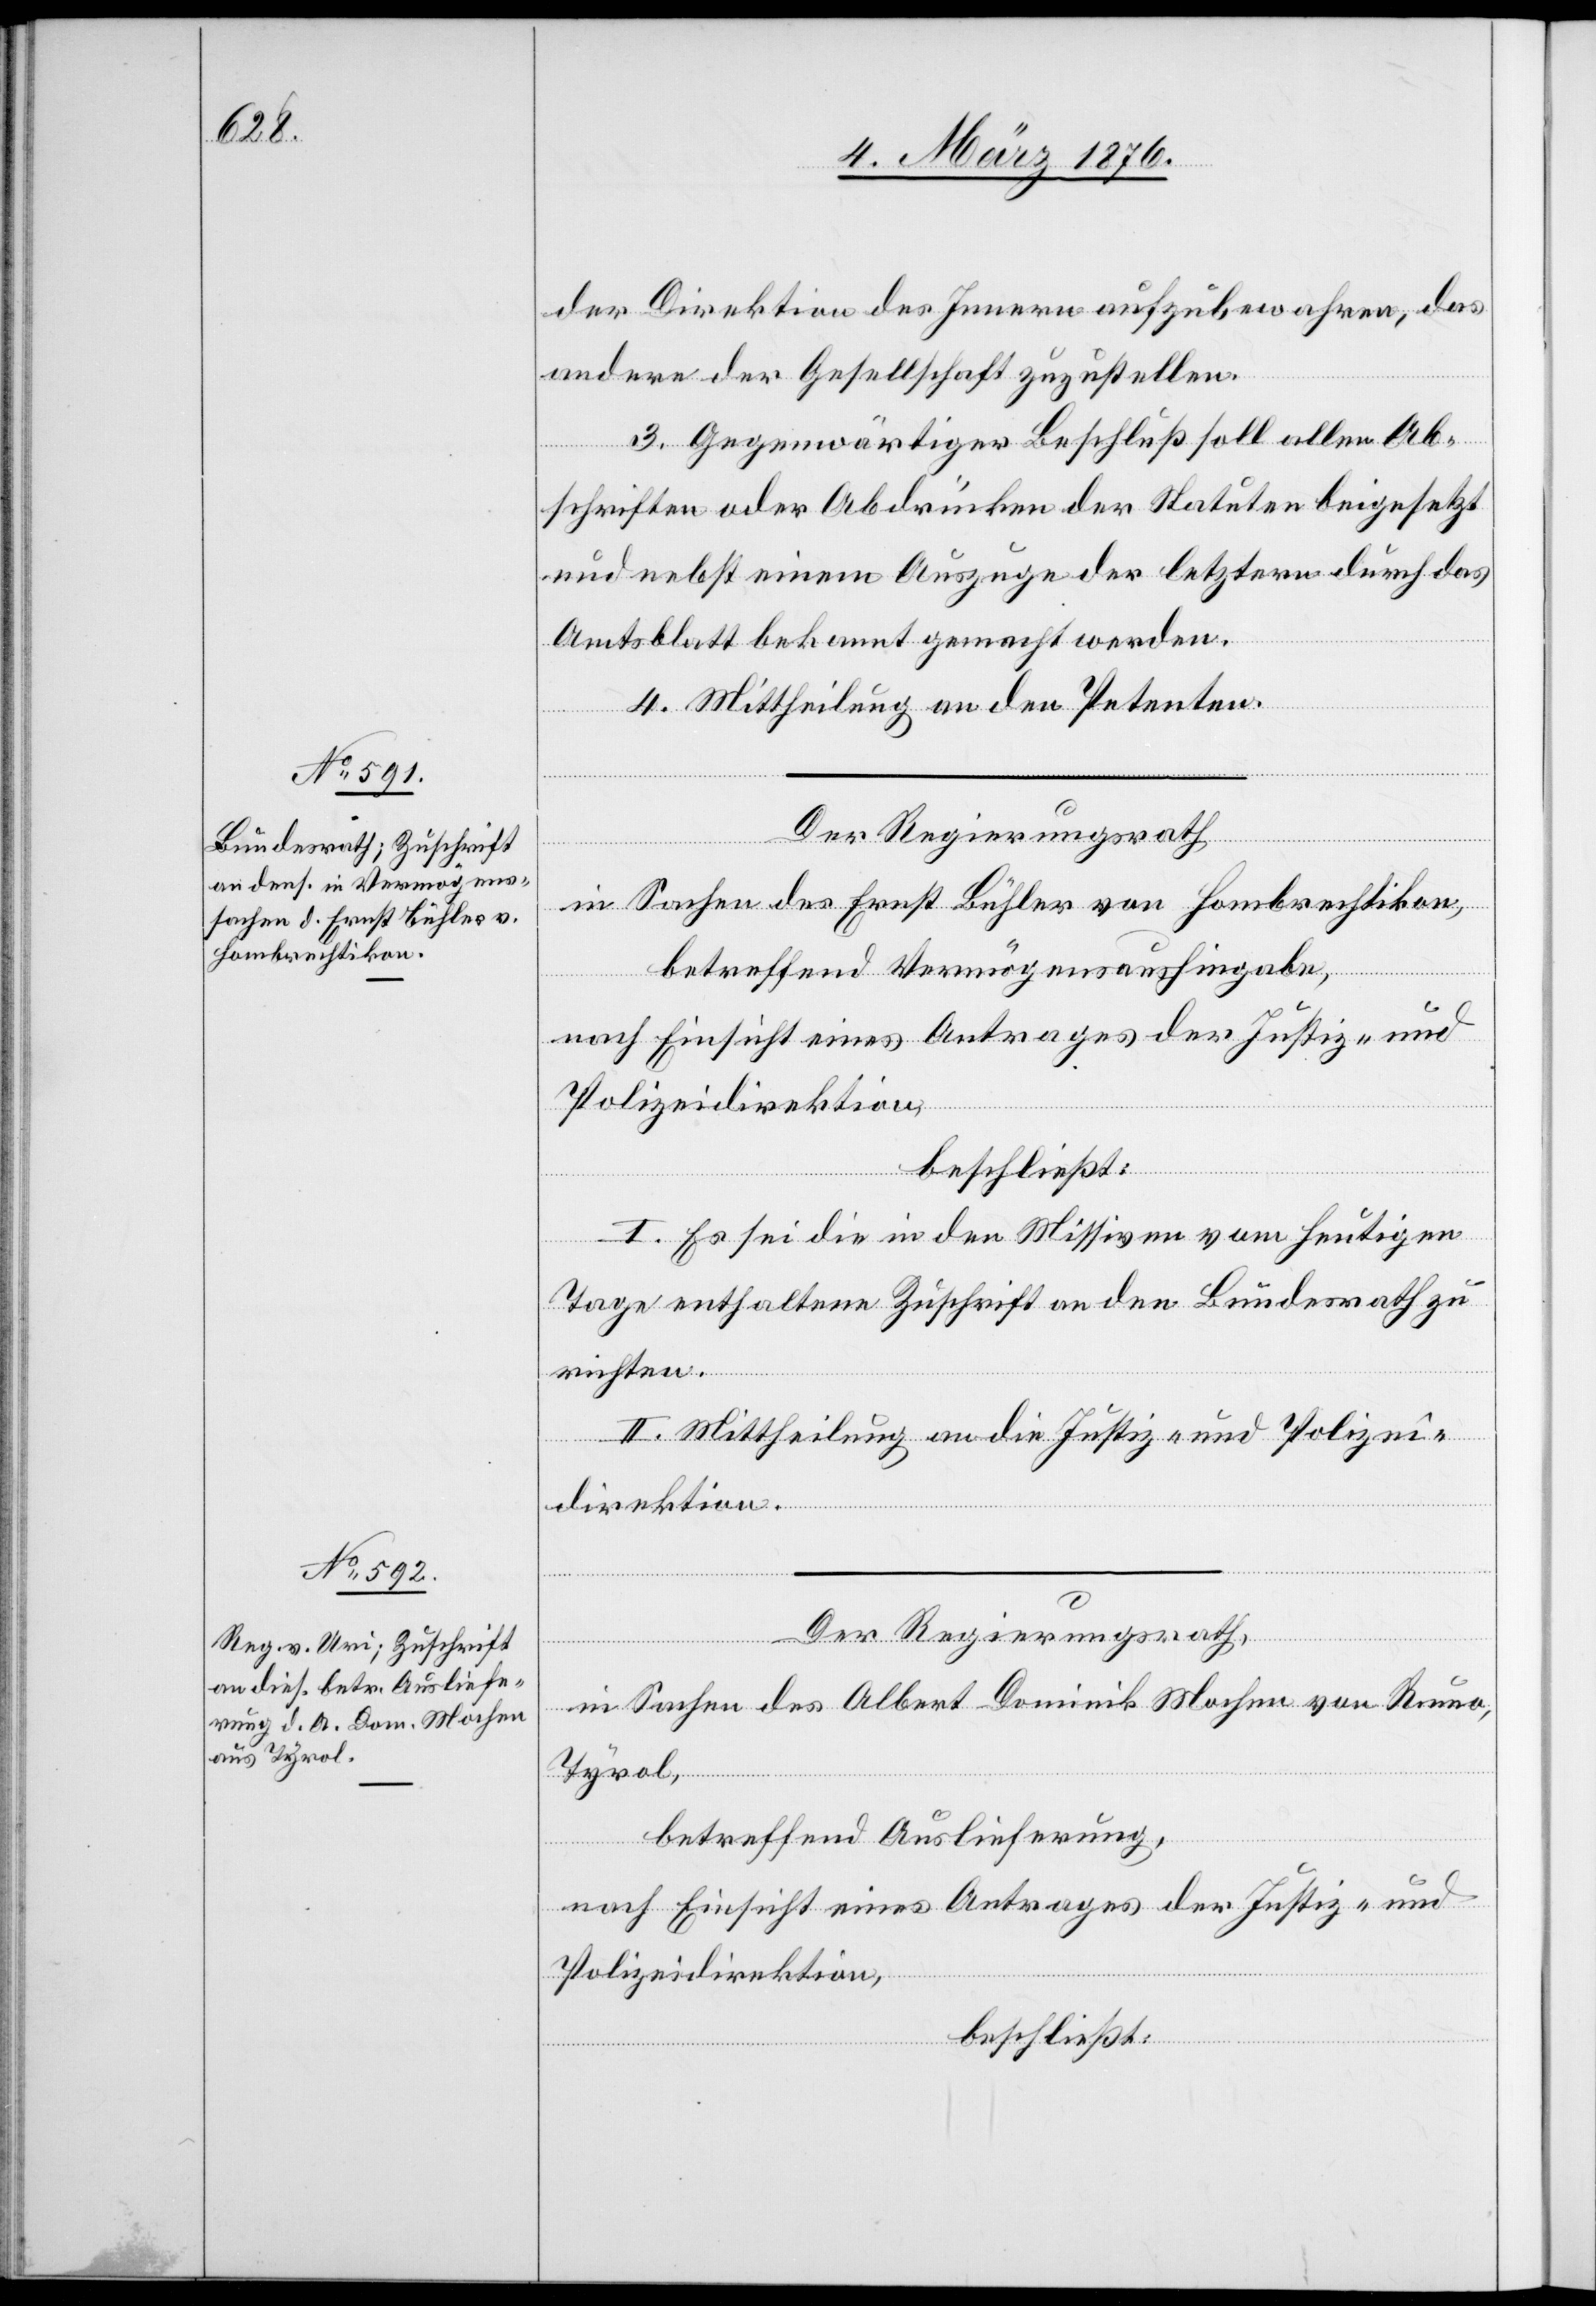
der Direktion des Innern aufzubewahren, da
andere der Gesellschaft zuzustellen.
3. Gegenwärtiger Beschluß soll allen Ab¬
schriften oder Abdrücken der Statuten beigesetzt
und nebst einem Auszuge der letztern durch das
Amtsblatt bekannt gemacht werden.
4. Mittheilung an den Petenten.
Der Regierungsrath,
in Sachen des Ernst Bühler von Hombrechtikon,
betreffend Vermögensaushinhabe,
nach Einsicht eines Antrages Justiz- und
Polizeidirektion,
beschließt:
I. Es sei die in den Missiven vom heutigen
Tage enthaltene Zuschrift an den Bundesrath zu
richten.
2. Mittheilung an die Justiz- und Polizei¬
direktion.
Der Regierungsrath,
in Sachen des Albert Dominik Mochen von Rumo,
Tyrol,
betreffend Auslieferung,
nach Einsicht eines Antrages der Justiz- und
Polizeidirektion,
beschließt: